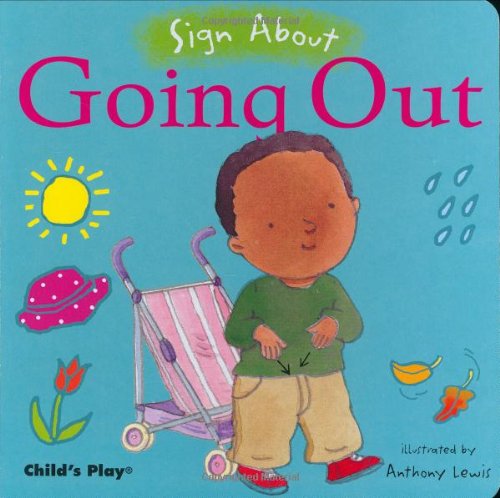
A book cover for Going Out (Sign about); Self-Help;